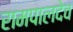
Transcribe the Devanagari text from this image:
रामपालदेव